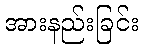
အားနည်းခြင်း